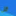
قل